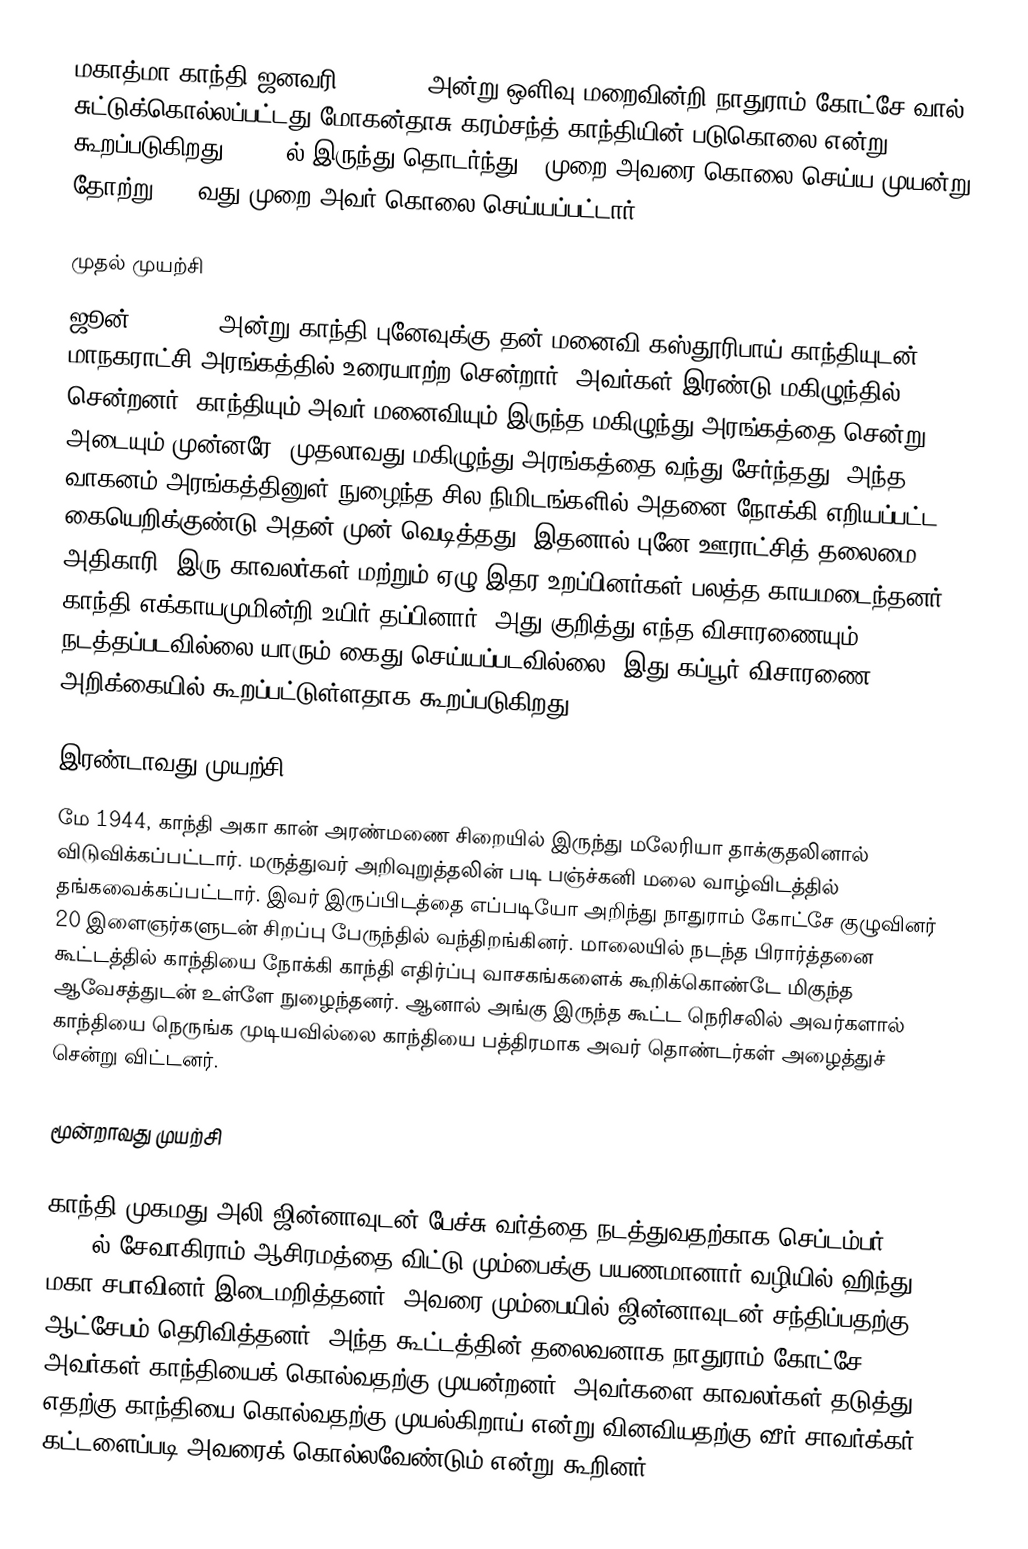
மகாத்மா காந்தி ஜனவரி 30, 1948 அன்று ஒளிவு மறைவின்றி நாதுராம் கோட்சே  வால் சுட்டுக்கொல்லப்பட்டது மோகன்தாசு கரம்சந்த் காந்தியின் படுகொலை என்று கூறப்படுகிறது. 1934 ல் இருந்து தொடர்ந்து 5 முறை அவரை கொலை செய்ய முயன்று தோற்று  ,  6 வது முறை அவர் கொலை செய்யப்பட்டார் .

முதல் முயற்சி
ஜூன் 25, 1934 அன்று காந்தி புனேவுக்கு  தன் மனைவி கஸ்தூரிபாய் காந்தியுடன் மாநகராட்சி அரங்கத்தில் உரையாற்ற சென்றார். அவர்கள் இரண்டு மகிழுந்தில் சென்றனர். காந்தியும் அவர் மனைவியும் இருந்த மகிழுந்து அரங்கத்தை சென்று அடையும் முன்னரே, முதலாவது மகிழுந்து அரங்கத்தை வந்து சேர்ந்தது. அந்த வாகனம் அரங்கத்தினுள் நுழைந்த சில நிமிடங்களில் அதனை நோக்கி எறியப்பட்ட கையெறிக்குண்டு அதன் முன் வெடித்தது. இதனால் புனே ஊராட்சித் தலைமை அதிகாரி, இரு காவலர்கள் மற்றும் ஏழு இதர உறப்பினர்கள் பலத்த காயமடைந்தனர். காந்தி எக்காயமுமின்றி உயிர் தப்பினார். அது குறித்து எந்த விசாரணையும் நடத்தப்படவில்லை யாரும் கைது செய்யப்படவில்லை. இது கப்பூர் விசாரணை அறிக்கையில் கூறப்பட்டுள்ளதாக கூறப்படுகிறது.

இரண்டாவது முயற்சி
மே 1944,  காந்தி அகா கான் அரண்மணை சிறையில் இருந்து மலேரியா தாக்குதலினால் விடுவிக்கப்பட்டார். மருத்துவர் அறிவுறுத்தலின் படி பஞ்ச்கனி மலை வாழ்விடத்தில் தங்கவைக்கப்பட்டார். இவர் இருப்பிடத்தை எப்படியோ அறிந்து நாதுராம் கோட்சே குழுவினர் 20 இளைஞர்களுடன் சிறப்பு பேருந்தில் வந்திறங்கினர். மாலையில் நடந்த பிரார்த்தனை கூட்டத்தில் காந்தியை நோக்கி காந்தி எதிர்ப்பு வாசகங்களைக் கூறிக்கொண்டே மிகுந்த ஆவேசத்துடன் உள்ளே நுழைந்தனர். ஆனால் அங்கு இருந்த கூட்ட நெரிசலில் அவர்களால் காந்தியை நெருங்க முடியவில்லை காந்தியை பத்திரமாக அவர் தொண்டர்கள் அழைத்துச் சென்று விட்டனர்.

மூன்றாவது முயற்சி

காந்தி முகமது அலி ஜின்னாவுடன் பேச்சு வர்த்தை நடத்துவதற்காக செப்டம்பர் 9, 1944 ல் சேவாகிராம் ஆசிரமத்தை விட்டு மும்பைக்கு பயணமானார் வழியில் ஹிந்து மகா சபாவினர்  இடைமறித்தனர். அவரை மும்பையில் ஜின்னாவுடன் சந்திப்பதற்கு ஆட்சேபம் தெரிவித்தனர். அந்த கூட்டத்தின் தலைவனாக நாதுராம் கோட்சே அவர்கள் காந்தியைக் கொல்வதற்கு முயன்றனர்.  அவர்களை காவலர்கள் தடுத்து எதற்கு காந்தியை கொல்வதற்கு முயல்கிறாய் என்று வினவியதற்கு வீர் சாவர்க்கர் கட்டளைப்படி அவரைக் கொல்லவேண்டும் என்று கூறினர்